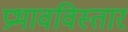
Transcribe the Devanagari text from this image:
प्रभावविस्तार